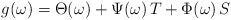
\begin{align*}g(\omega )=\Theta (\omega )+\Psi (\omega )\,T+\Phi (\omega )\,S\end{align*}